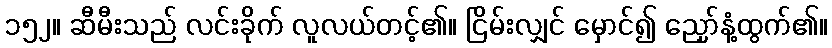
၁၅၂။ ဆီမီးသည် လင်းခိုက် လူလယ်တင့်၏။ ငြိမ်းလျှင် မှောင်၍ ညှော်နံ့ထွက်၏။